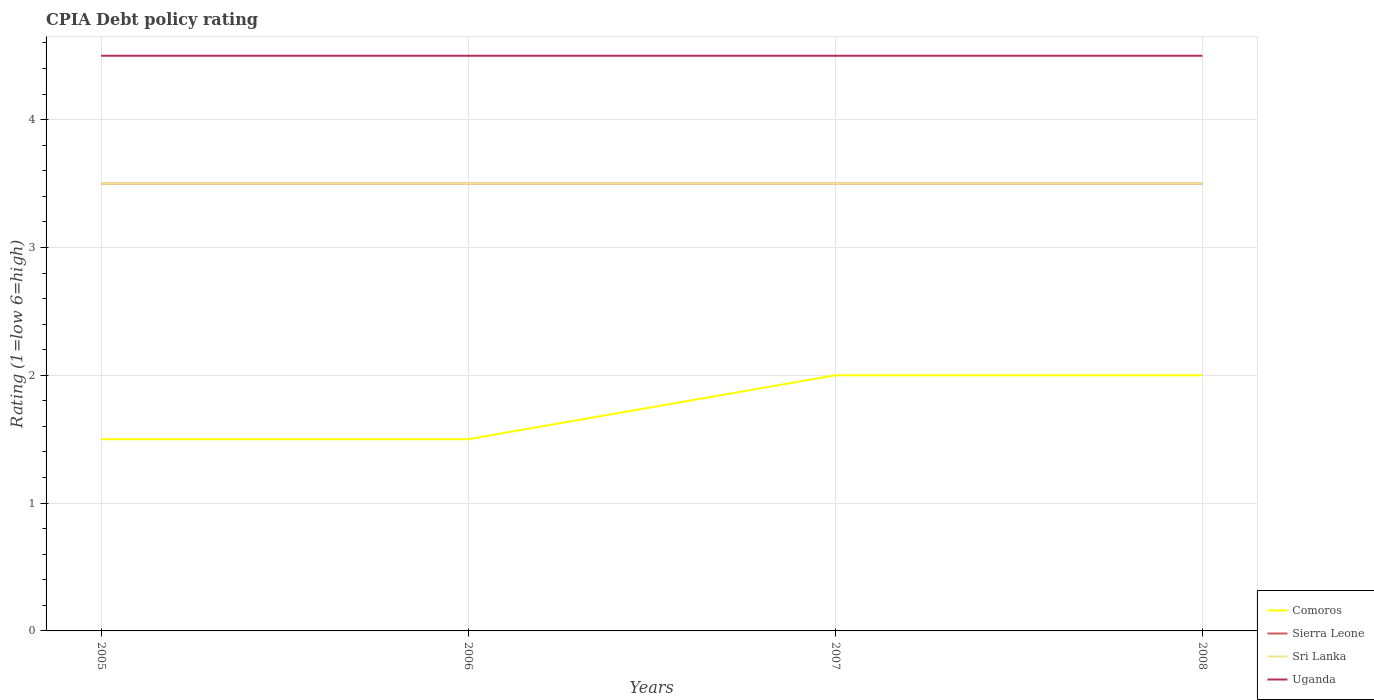
| Years | Comoros | Sierra Leone | Sri Lanka | Uganda |
 | --- | --- | --- | --- | --- |
 | 2005 | 1.5 | 3.5 | 3.5 | 4.5 |
 | 2006 | 1.5 | 3.5 | 3.5 | 4.5 |
 | 2007 | 2 | 3.5 | 3.5 | 4.5 |
 | 2008 | 2 | 3.5 | 3.5 | 4.5 |